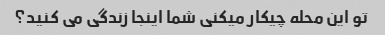
تو این محله چیکار میکنی شما اینجا زندگی می کنید؟